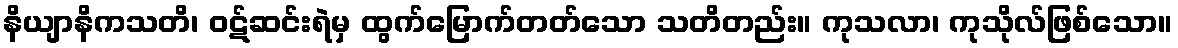
နိယျာနိကသတိ၊ ဝဋ်ဆင်းရဲမှ ထွက်မြောက်တတ်သော သတိတည်း။ ကုသလာ၊ ကုသိုလ်ဖြစ်သော။